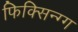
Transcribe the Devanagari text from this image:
फिक्सिन्ग्ग